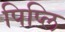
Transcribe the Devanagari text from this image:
पिप्लि